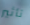
تأثير